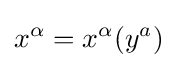
x^{\alpha }=x^{\alpha }(y^{a})